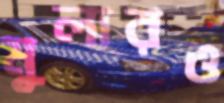
মুলারও